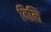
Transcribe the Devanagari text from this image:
विलि